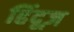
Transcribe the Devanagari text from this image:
हिंदूज़